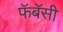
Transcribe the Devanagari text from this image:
फॅबॅसी